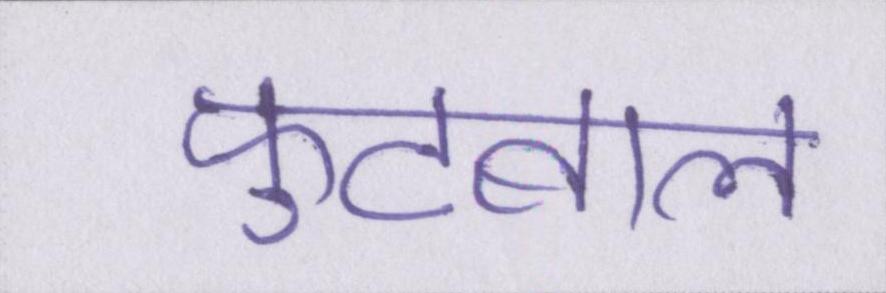
फुटबाल